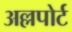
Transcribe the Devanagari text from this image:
अल्लपोर्ट